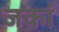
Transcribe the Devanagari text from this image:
जकां